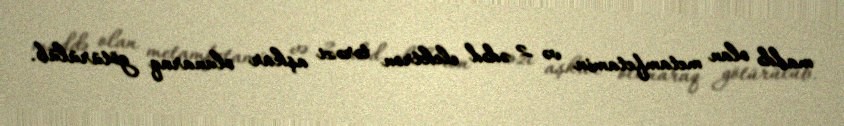
maddə olan metamfetamin və 2 ədəd elektron tərəzi aşkar olunaraq götürülüb.